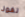
نفوذ